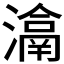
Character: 𤀉